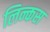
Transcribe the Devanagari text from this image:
लिन्कस